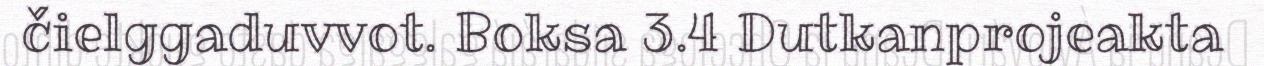
čielggaduvvot. Boksa 3.4 Dutkanprojeakta